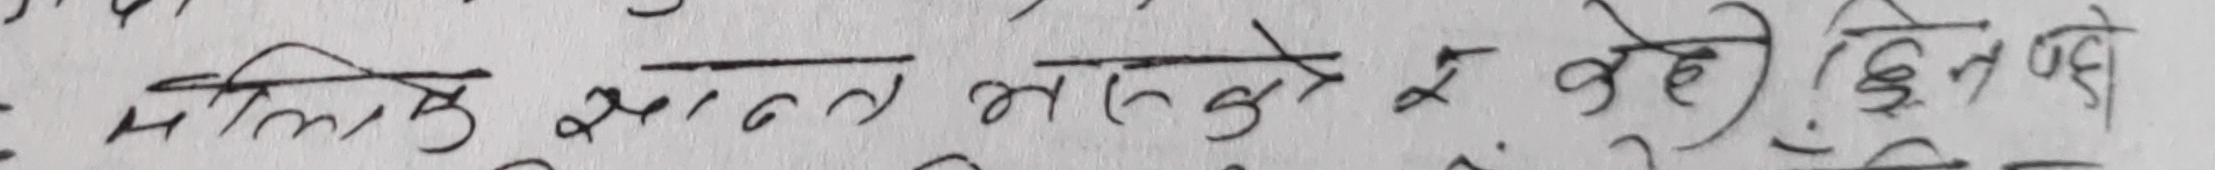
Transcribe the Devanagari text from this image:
मलिक मन्त भसको र के वहे ) हुन पछे